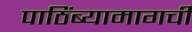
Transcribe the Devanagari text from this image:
पाठिंब्यामागची